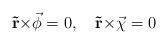
LaTeX: \begin{align*}{\bf \vec r} {\bf \times} \vec {\bf \phi} = 0, \quad {\bf \vec r} {\bf\times} \vec {\bf \chi} = 0\end{align*}